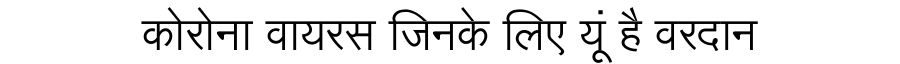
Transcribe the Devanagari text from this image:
कोरोना वायरस जिनके लिए यूं है वरदान